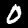
Label: 0